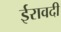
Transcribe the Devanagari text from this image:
ईरावदी